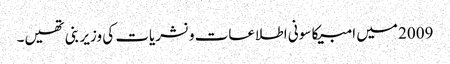
2009 میں امبیکا سونی اطلاعات و نشریات کی وزیر بنی تھیں۔